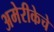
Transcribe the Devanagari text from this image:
अमेरीकेचे